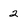
Character: 2